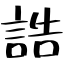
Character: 誥